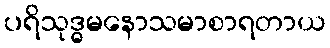
ပရိသုဒ္ဓမနောသမာစာရတာယ